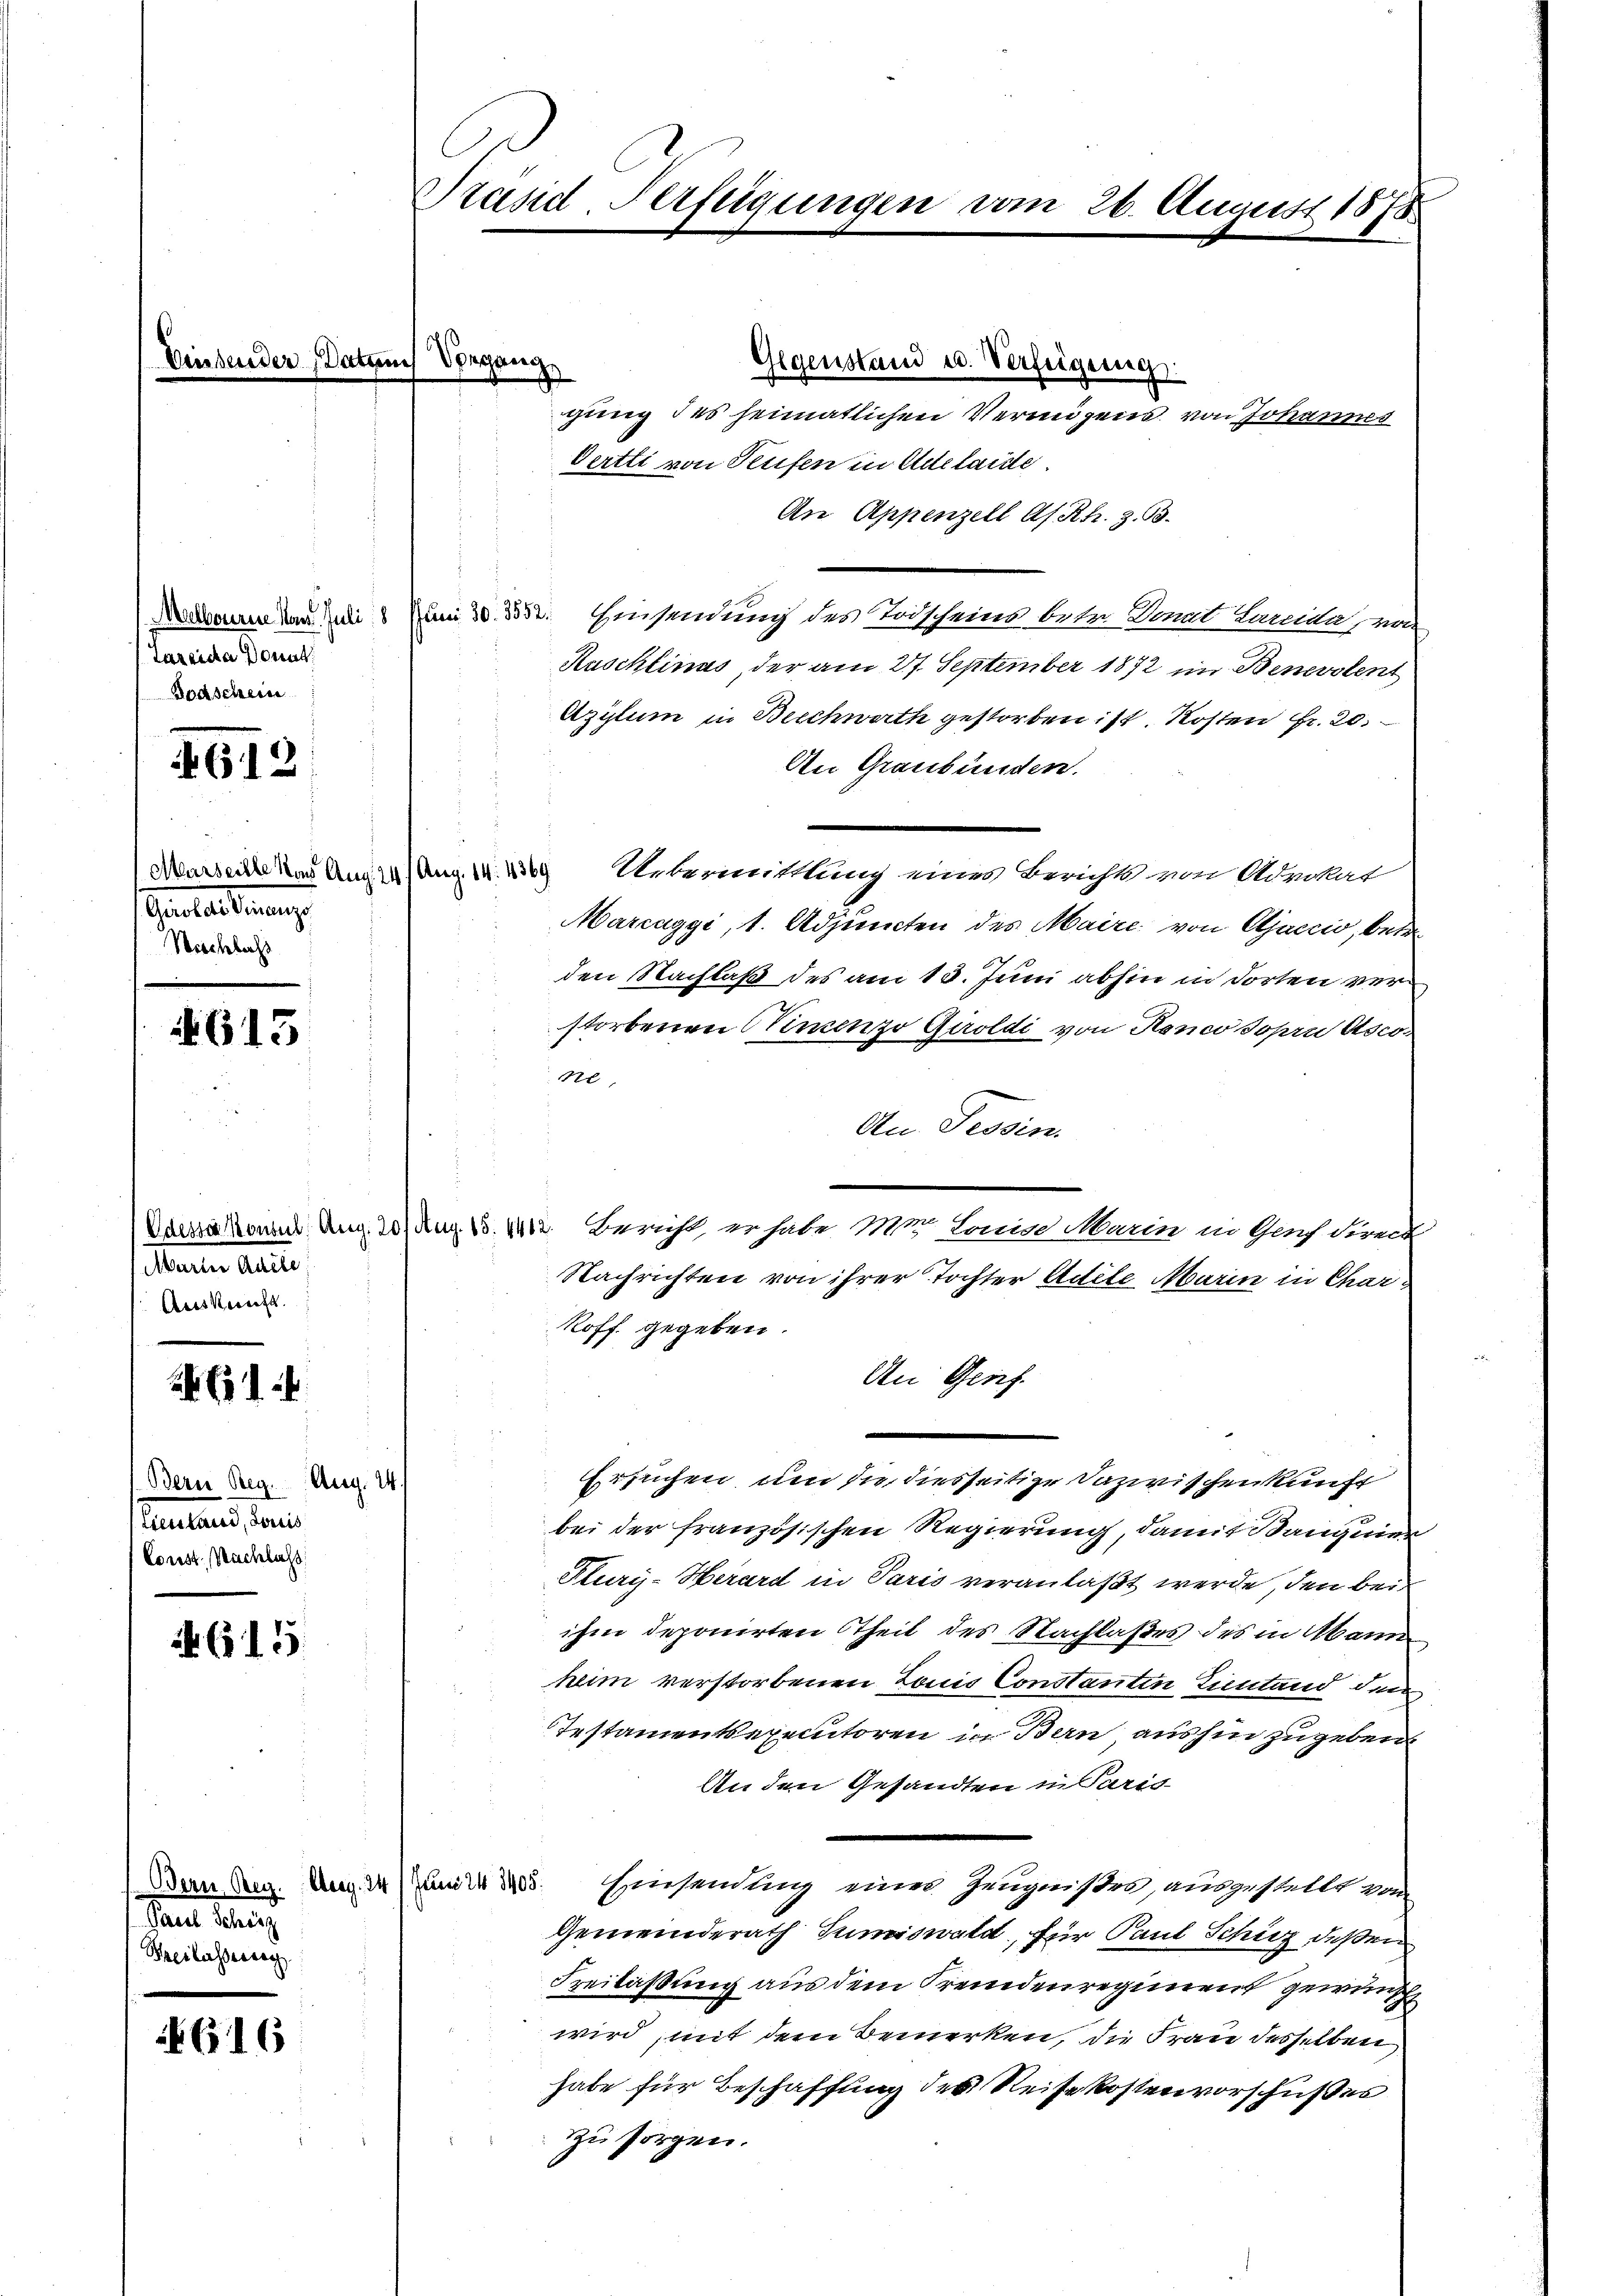
Melbourire von Juli 18
Tazeiche Donat
Doaschein

612

Marseitte ins Aug
aestateurung
Weschluss

613

Martier Mutte
Auskerecht

24 (14

Aug. 14.
Bern Reg.
eueland, dann
Const. Nachlass

4. 615.

Paul Scherz
Beilasseneg

616

Präsid-Verfügungen vom 26. August 1878

Gegenstand u. Verfeigerung:
gung des heimatlichen Vermögens von Johannes
Oertli von Teufen in Adelaide.
An Appenzell A. Rh. z. B.
A. Einsendung des Todscheins betr. Donat Larcida, von
Ruschlinas, der am 27. September 1872 im Benevolent
Azitum in Beschwerth gestorben ist. Kosten Fr. 20.
An Graubünden.
Uebermittlung eines Berichts von Advokat
Marcaggi, 1. Adjuncten des Maire von Ajaccio, betr.
den Nachlaß des am 13. Juni abhin in dorten verstorbenen Kindenzo Giroldi von Ronco sopri Asco
ne,
An Tessin.
Cosakonen Aug. 13 Aug. 15. 1412. Bericht, er habe Mr. Louise Marin in Gach direct
Nachrichten von ihrer Tochter Adete Marin in Char¬
Roff gegeben.
An Genf.
Ersuchen, um die diesseitige Dazwischenkunft
bei der französischen Regierung, damit Bangier
Flury-Herard in Paris veranlaßt werde, den bei
ihm deponirten Theil des Nachlaßes des in Mann
keim verstorbenen Louis Constanten Eintand den
Testamentsexecutoren in Bern aushin zugeben
An den Gesandten in Paris
Bern Reg. Aug. 14. Juni 1805. Einsendung einer Zeugnißes, ausgestellt von
Gemeinderath Tumiswald, für Paul Schinz deßen
Freilassung aus dem Fremdenregiment gewünsch
wird, mit dem Bemerken, die Frau desselben
habe für Beschaffung des Reisekostenvorschußes
zu sorgen.

in Vorgang

4/ Aug. 14. 18369